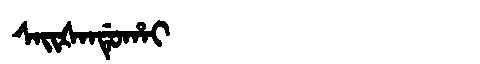
Manchu: ᠰᠠᡳᡧᠠᠨᡩᡠᡥᠠᡳ
Romanization: SAIŠANDUHAI